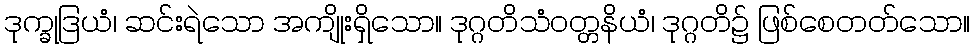
ဒုက္ခုဒြယံ၊ ဆင်းရဲသော အကျိုးရှိသော။ ဒုဂ္ဂတိသံဝတ္တနိယံ၊ ဒုဂ္ဂတိ၌ ဖြစ်စေတတ်သော။